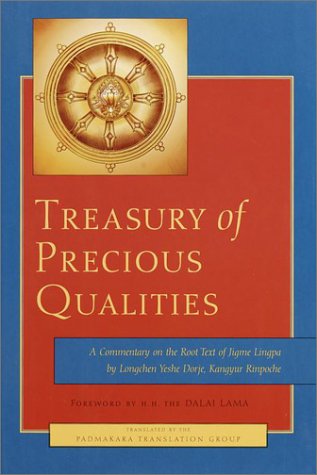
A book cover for Treasury of Precious Qualities: A Commentary on the Root Text of Jigme Lingpa; Longchen Yeshe Dorje (Kangyur Rinpoche); Religion & Spirituality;